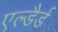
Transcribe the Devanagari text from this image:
एल्डैर्ड